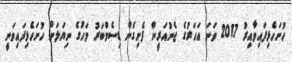
ހުށަހެޅިފައިވާއިރު 2017 ވަނަ އަހަރުގެ ޖެނުއަރީން ފެށިގެން ޑިސެމްބަރު މަހުގެ ނިޔަލަށް ހުށަހެޅިފައިވަނީ